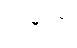
လမ္ဗိတွာ